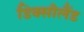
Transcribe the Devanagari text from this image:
डिक्सीलैंड